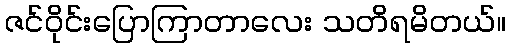
ဇင်ဝိုင်းပြောကြာတာလေး သတိရမိတယ်။